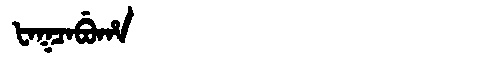
Manchu: ᡶᠠᡴᠴᠠᠪᡠᡥᠠ
Romanization: FAKCABUHA